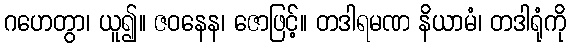
ဂဟေတွာ၊ ယူ၍။ ဇဝနေန၊ ဇောဖြင့်။ တဒါရမဏ နိယာမံ၊ တဒါရုံကို